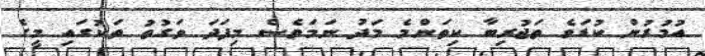
އުމުރުން ކުޑަވެ ތަޖުރިބާ ކިތަންމެ މަދު ނަމަވެސް މިފަދަ ވަގުތު ތަކުގައި މީގެ